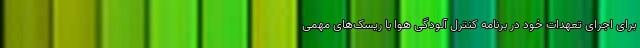
برای اجرای تعهدات خود در برنامه کنترل آلودگی هوا با ریسک‌های مهمی